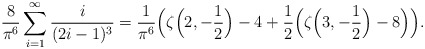
\begin{align*} \frac{8}{\pi^6}\sum_{i=1}^\infty \frac{i}{(2i-1)^{3}} = \frac{1}{\pi^6}\Big(\zeta\Big(2,-\frac{1}{2}\Big)-4+\frac{1}{2} \Big(\zeta\Big(3,-\frac{1}{2}\Big)-8\Big)\Big).\end{align*}